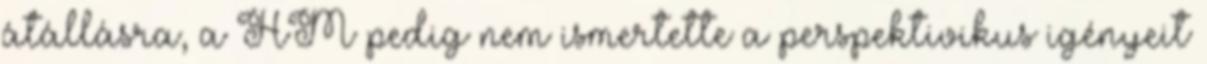
átállásra, a HM pedig nem ismertette a perspektivikus igényeit